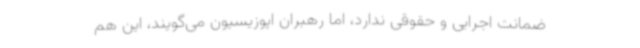
ضمانت اجرایی و حقوقی ندارد، اما رهبران اپوزیسیون می‌گویند، این هم